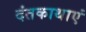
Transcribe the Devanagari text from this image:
दंतकाथाएं